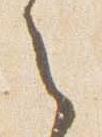
之